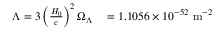
\begin{array} { r l } { \Lambda = 3 \left( { \frac { H _ { 0 } } { c } } \right) ^ { 2 } \Omega _ { \Lambda } } & { { } = 1 . 1 0 5 6 \times 1 0 ^ { - 5 2 } \ { \mathrm { m } } ^ { - 2 } } \end{array}